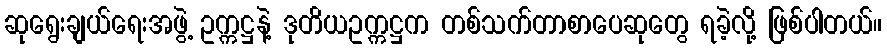
ဆုရွေးချယ်ရေးအဖွဲ့ ဥက္ကဋ္ဌနဲ့ ဒုတိယဥက္ကဋ္ဌက တစ်သက်တာစာပေဆုတွေ ရခဲ့လို့ ဖြစ်ပါတယ်။